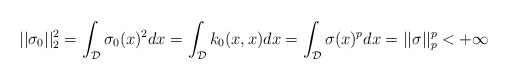
\begin{align*} ||\sigma_0||_2^2 = \int_{\mathcal{D}}\sigma_0(x)^2dx = \int_{\mathcal{D}}k_0(x,x)dx = \int_{\mathcal{D}}\sigma(x)^pdx= ||\sigma||_p^p < + \infty \end{align*}